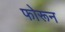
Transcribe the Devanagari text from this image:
फोरून